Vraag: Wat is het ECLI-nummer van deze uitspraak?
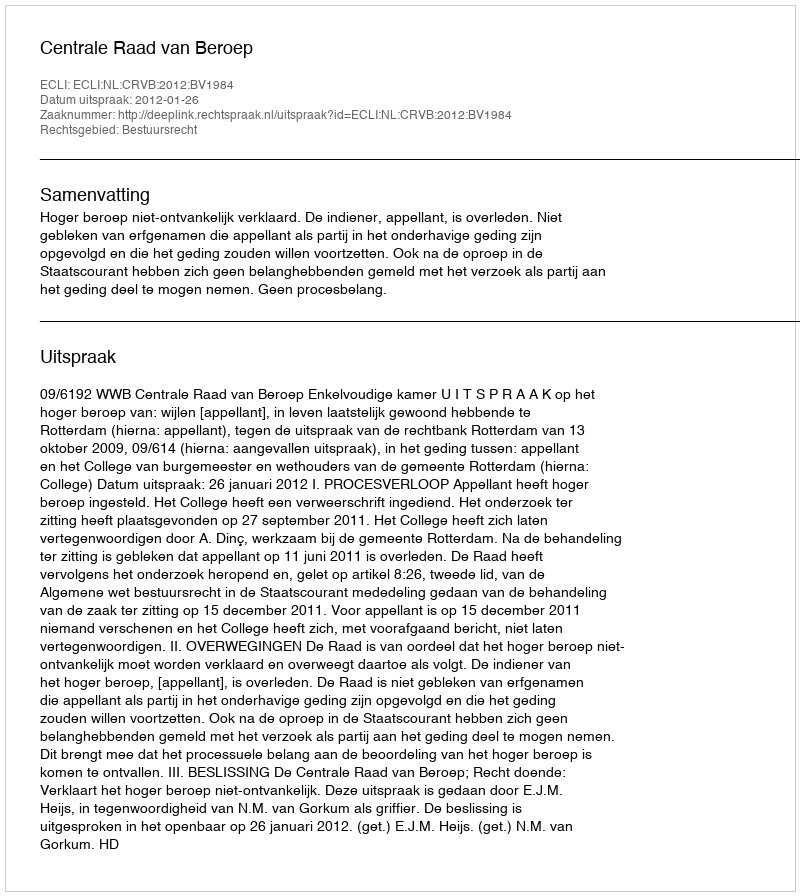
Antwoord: ECLI:NL:CRVB:2012:BV1984